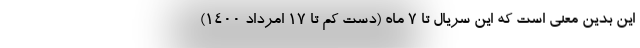
این بدین معنی است که این سریال تا 7 ماه (دست کم تا 17 امرداد 1400)